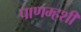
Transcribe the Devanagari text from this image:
पाणम्हशी